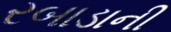
રબાડાની